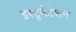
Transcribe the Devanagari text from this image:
इंस्‍टूमेंटेशन